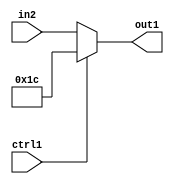
`timescale 1ps / 1ps
/*****************************************************************************
    Verilog RTL Description
    
    
    Created by: Stratus DpOpt 2019.1.01 
*******************************************************************************/

module fix2float_Muxi28u5u1_1 (
	in2,
	ctrl1,
	out1
	); /* architecture "behavioural" */ 
input [4:0] in2;
input  ctrl1;
output [4:0] out1;
wire [4:0] asc001;

reg [4:0] asc001_tmp_0;
assign asc001 = asc001_tmp_0;
always @ (ctrl1 or in2) begin
	case (ctrl1)
		1'B1 : asc001_tmp_0 = 5'B11100 ;
		default : asc001_tmp_0 = in2 ;
	endcase
end

assign out1 = asc001;
endmodule

/* CADENCE  uLP0Tw4= : u9/ySgnWtBlWxVPRXgAZ4Og= ** DO NOT EDIT THIS LINE ******/